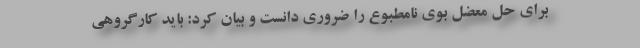
برای حل معضل بوی نامطبوع را ضروری دانست و بیان کرد: باید کارگروهی